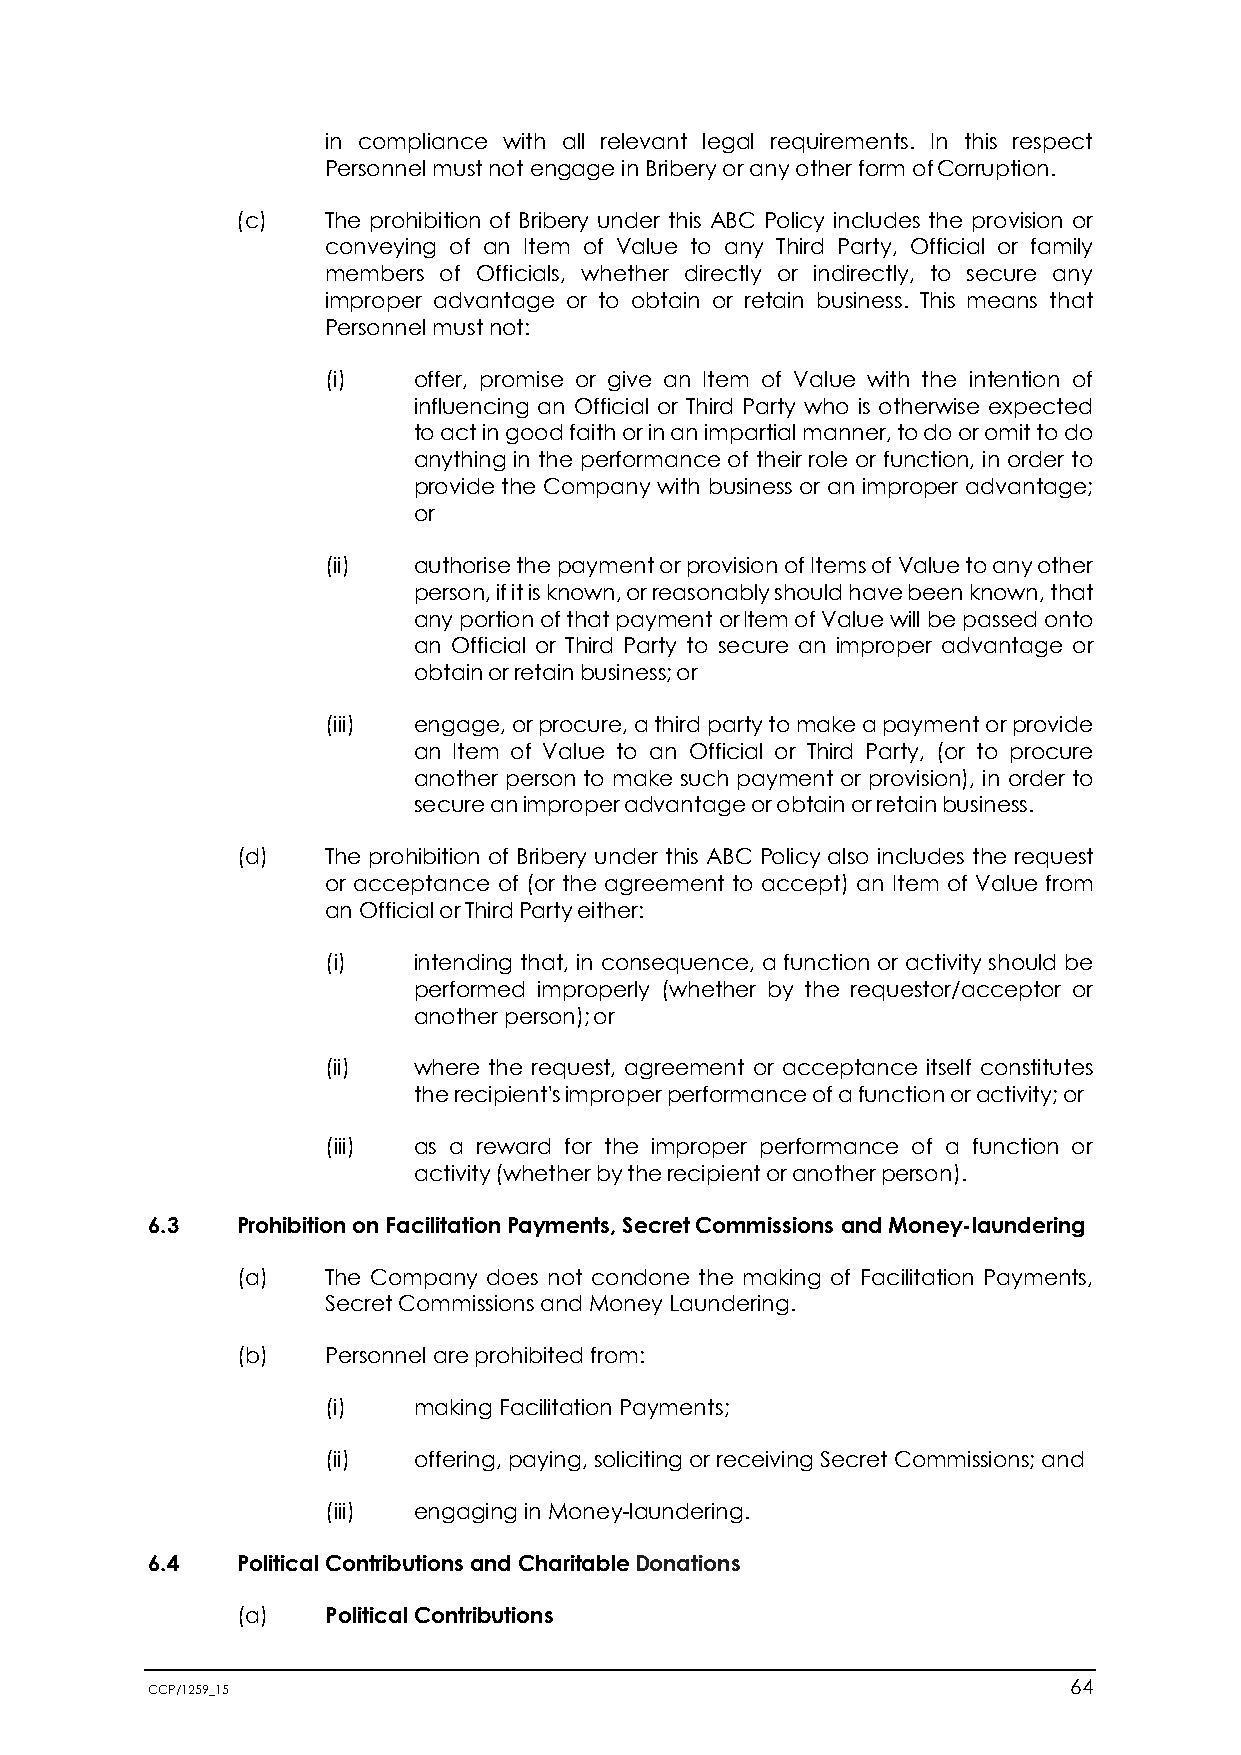
in compliance with all relevant legal requirements. In this respect
 Personnel must not engage in Bribery or any other form of Corruption.
 (c)   The prohibition of Bribery under this ABC Policy includes the provision or
 conveying of an Item of Value to any Third Party, Official or family
 members of Officials, whether directly or indirectly, to secure any
 improper advantage or to obtain or retain business. This means that
 Personnel must not:
 (i)  offer, promise or give an Item of Value with the intention of
 influencing an Official or Third Party who is otherwise expected
 to act in good faith or in an impartial manner, to do or omit to do
 anything in the performance of their role or function, in order to
 provide the Company with business or an improper advantage;
 or
 (ii) authorise the payment or provision of Items of Value to any other
 person, if it is known, or reasonably should have been known, that
 any portion of that payment or Item of Value will be passed onto
 an Official or Third Party to secure an improper advantage or
 obtain or retain business; or
 (iii) engage, or procure, a third party to make a payment or provide
 an Item of Value to an Official or Third Party, (or to procure
 another person to make such payment or provision), in order to
 secure an improper advantage or obtain or retain business.
 (d)   The prohibition of Bribery under this ABC Policy also includes the request
 or acceptance of (or the agreement to accept) an Item of Value from
 an Official or Third Party either:
 (i)  intending that, in consequence, a function or activity should be
 performed improperly (whether by the requestor/acceptor or
 another person); or
 (ii) where the request, agreement or acceptance itself constitutes
 the recipient's improper performance of a function or activity; or
 (iii) as a reward for the improper performance of a function or
 activity (whether by the recipient or another person).
 6.3   Prohibition on Facilitation Payments, Secret Commissions and Money-laundering
 (a)   The Company does not condone the making of Facilitation Payments,
 Secret Commissions and Money Laundering.
 (b)   Personnel are prohibited from:
 (i)  making Facilitation Payments;
 (ii) offering, paying, soliciting or receiving Secret Commissions; and
 (iii) engaging in Money-laundering.
 6.4   Political Contributions and Charitable Donations
 (a)   Political Contributions
 CCP/1259_15                                                  64